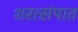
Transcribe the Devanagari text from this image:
शरत्संपात